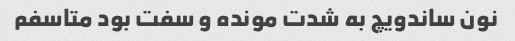
نون ساندویچ به شدت مونده و سفت بود متاسفم